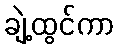
ချဲ့ထွင်ကာ